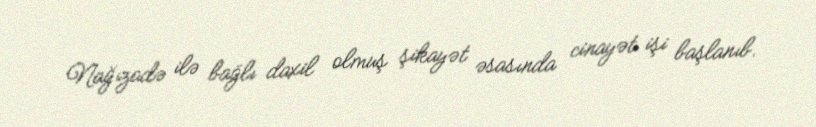
Nağızadə ilə bağlı daxil olmuş şikayət əsasında cinayət işi başlanıb.